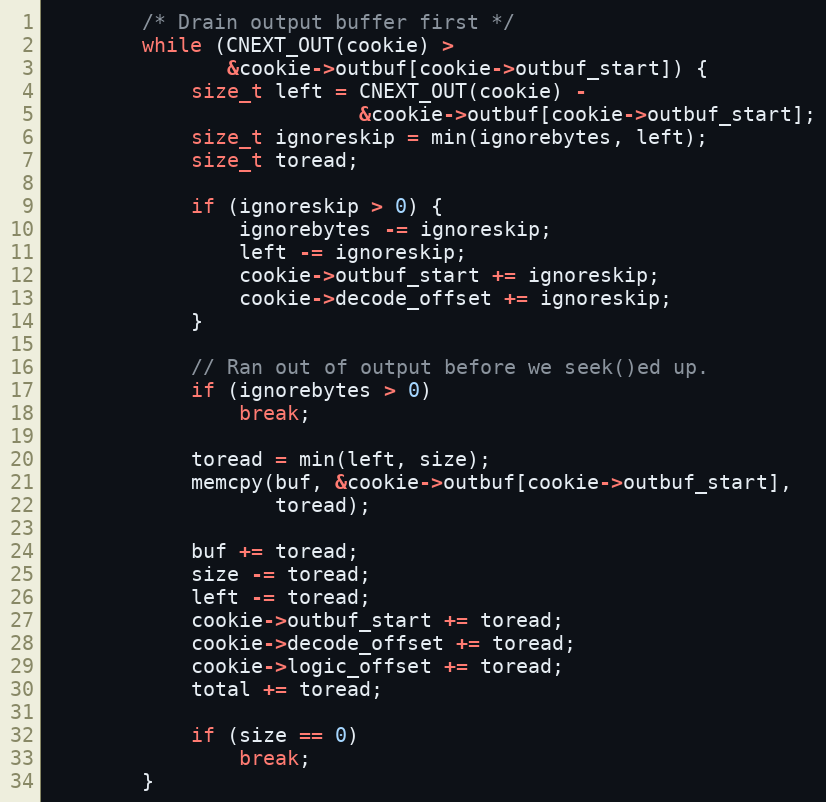
Language: C
        /* Drain output buffer first */
        while (CNEXT_OUT(cookie) >
               &cookie->outbuf[cookie->outbuf_start]) {
            size_t left = CNEXT_OUT(cookie) -
                          &cookie->outbuf[cookie->outbuf_start];
            size_t ignoreskip = min(ignorebytes, left);
            size_t toread;

            if (ignoreskip > 0) {
                ignorebytes -= ignoreskip;
                left -= ignoreskip;
                cookie->outbuf_start += ignoreskip;
                cookie->decode_offset += ignoreskip;
            }

            // Ran out of output before we seek()ed up.
            if (ignorebytes > 0)
                break;

            toread = min(left, size);
            memcpy(buf, &cookie->outbuf[cookie->outbuf_start],
                   toread);

            buf += toread;
            size -= toread;
            left -= toread;
            cookie->outbuf_start += toread;
            cookie->decode_offset += toread;
            cookie->logic_offset += toread;
            total += toread;

            if (size == 0)
                break;
        }